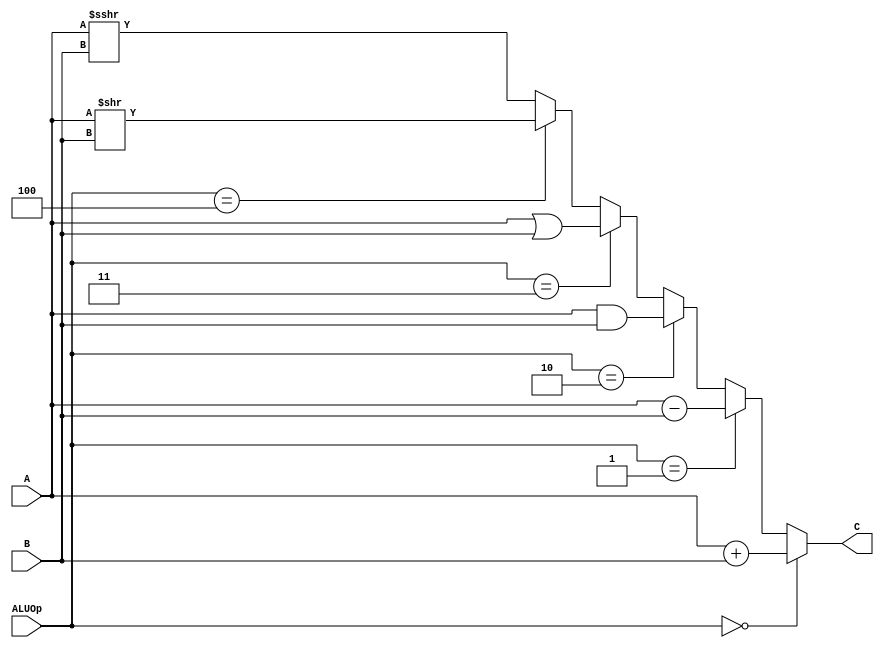
`timescale 1ns / 1ps
//////////////////////////////////////////////////////////////////////////////////
// Company: 
// Engineer: 
// 
// Design Name: 
// Module Name:    alu 
// Project Name: 
// Target Devices: 
// Tool versions: 
// Description: 
//
// Dependencies: 
//
// Revision: 
// Revision 0.01 - File Created
// Additional Comments: 
//
//////////////////////////////////////////////////////////////////////////////////
module alu(
    input [31:0] A,
    input [31:0] B,
    input [2:0] ALUOp,
    output [31:0] C
    );
	 reg [31:0] Cc;
	 assign C=Cc;
	 
	always @(*) begin
	if (ALUOp==0)
		Cc=A+B;
	else if (ALUOp==1)
		Cc=A-B;
	else if (ALUOp==2)
		Cc=A&B;
	else if (ALUOp==3)
		Cc=A|B;
	else if (ALUOp==4)
		Cc=A>>B;
	else
		Cc=($signed(A))>>>B;
	end

endmodule